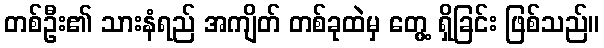
တစ်ဦး၏ သားနံရည် အကျိတ် တစ်ခုထဲမှ တွေ့ ရှိခြင်း ဖြစ်သည်။